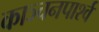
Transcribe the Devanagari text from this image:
काञ्चनपार्श्व